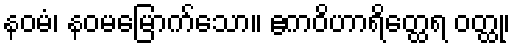
နဝမံ၊ နဝမမြောက်သော။ ဧကဝိဟာရိတ္ထေရ ဝတ္ထု၊